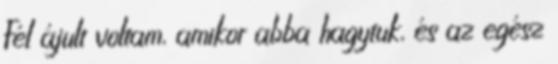
Fél ájult voltam, amikor abba hagytuk, és az egész